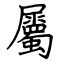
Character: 屬